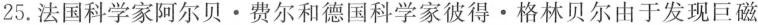
25.法国科学家阿尔贝·费尔和德国科学家彼得·格林贝尔由于发现巨磁